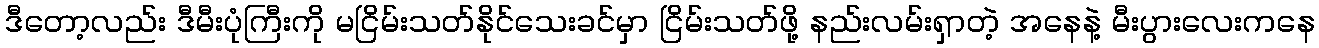
ဒီတော့လည်း ဒီမီးပုံကြီးကို မငြိမ်းသတ်နိုင်သေးခင်မှာ ငြိမ်းသတ်ဖို့ နည်းလမ်းရှာတဲ့ အနေနဲ့ မီးပွားလေးကနေ